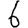
Digit: 6